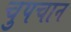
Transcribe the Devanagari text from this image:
चुपचान